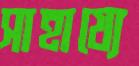
সাহায্যে